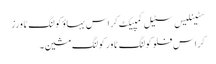
سٹینلیس سٹیل کمپیکٹ کراس بہاؤ کولنگ ٹاورز
کراس فلو کولنگ ٹاور کولنگ مشین۔